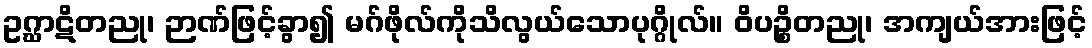
ဥဂ္ဃာဋိတညု၊ ဉာဏ်ဖြင့်ခွာ၍ မဂ်ဖိုလ်ကိုသိလွယ်သောပုဂ္ဂိုလ်။ ဝိပဉ္စိတညု၊ အကျယ်အားဖြင့်